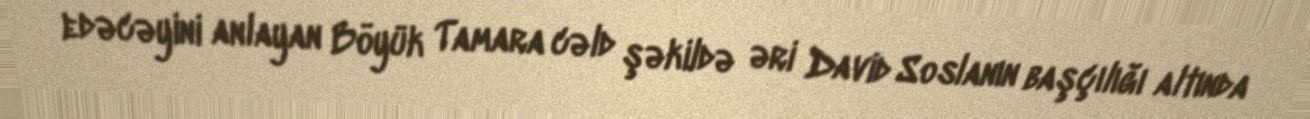
edəcəyini anlayan Böyük Tamara cəld şəkildə əri David Soslanın başçılığı altında